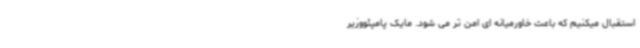
استقبال میکنیم که باعث خاورمیانه ای امن تر می شود. مایک پامپئووزیر